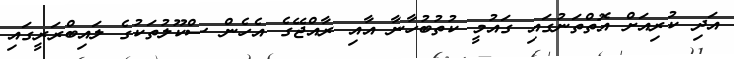
އަދި ކުރިއަށް އޮތްތަނުގައި ގައުމީ ކުތުބުހާނާ އާއި ރާއްޖޭގެ އެހެން ސްކޫލުތަކުގެ ލައިބްރަރީގައި